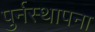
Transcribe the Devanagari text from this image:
पुर्नस्‍थापना